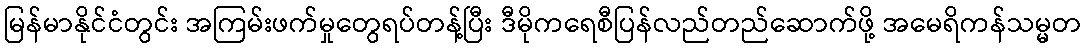
မြန်မာနိုင်ငံတွင်း အကြမ်းဖက်မှုတွေရပ်တန့်ပြီး ဒီမိုကရေစီပြန်လည်တည်ဆောက်ဖို့ အမေရိကန်သမ္မတ